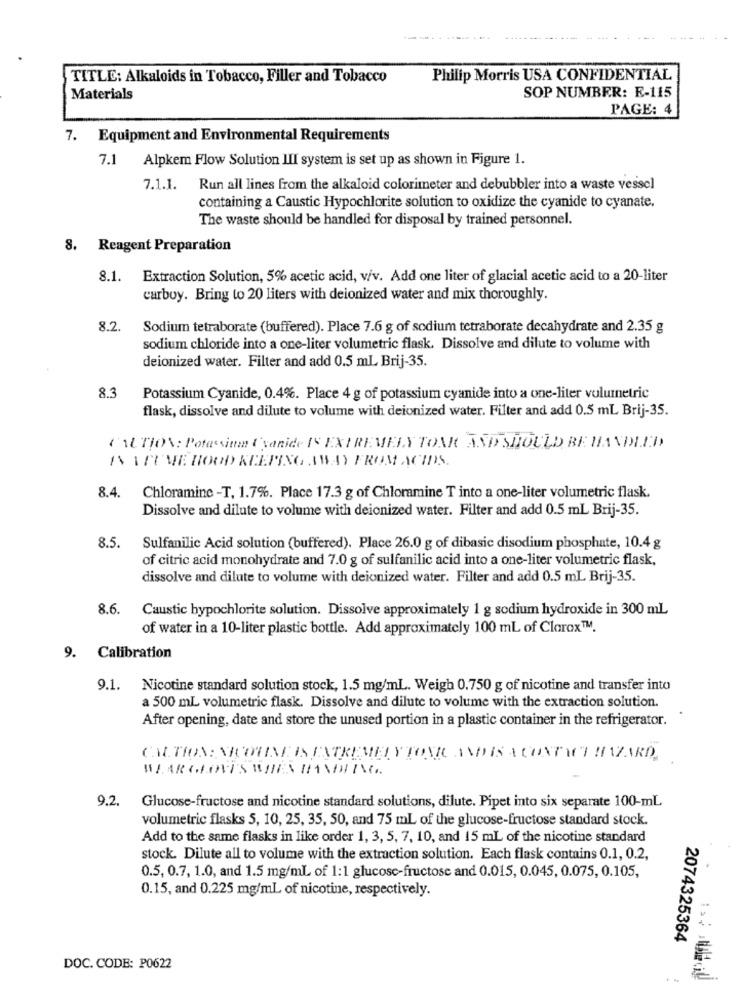
TITLE: Alkaloids in Tobacco, Filler and Tobacco
Philip Morris USA CONFIDENTIAL
SOP NUMBER: F-115
Materials
PAGE: 4
7. Equipment and Environmental Requirements
7.1 Alpkem Flow Solution III system is set up as shown in Figure 1.
7.1.1.
Run all lines from the alkaloid colorimeter and debubbler into a waste vessel
containing a Caustic Hypochlorite solution to oxidize the cyanide to cyanate.
The waste should be handled for disposal by trained personnel.
8. Reagent Preparation
8.1. Extraction Solution, 5% acetic acid, v/v. Add one liter of glacial acetic acid to a 20-liter
carboy. Bring to 20 liters with deionized water and mix thoroughly.
8.2.
Sodium tetraborate (buffered). Place 7.6 g of sodium tetraborate decahydrate and 2.35 g
sodium chloride into a one-liter volumetric flask. Dissolve and dilute to volume with
deionized water. Filter and add 0.5 mL Brij-35.
8.3
Potassium Cyanide, 0.4%. Place 4 g of potassium cyanide into a one-liter volumetric
flask, dissolve and dilute to volume with deionized water. Filter and add 0.5 mL Brij-35.
('AL TION: Potassima ( yanide IS EXTREMELY TONK AND SHOULD BE HANDLED
IN IFUME HOOD KEEPING AWAY FROM ACIDS.
8.4. Chloramine -T, 1.7%. Place 17.3 g of Chloramine T into a one-liter volumetric flask.
Dissolve and dilute to volume with deionized water. Filter and add 0.5 mL Brij-35.
8.5.
Sulfanilic Acid solution (buffered). Place 26.0 g of dibasic disodium phosphate, 10.4 g
of citric acid monohydrate and 7.0 g of sulfanilic acid into a one-liter volumetric flask,
dissolve and dilute to volume with deionized water. Filter and add 0.5 mL Brij-35.
8.6.
Caustic bypochlorite solution. Dissolve approximately 1 g sodium hydroxide in 300 mL
of water in a 10-liter plastic bottle. Add approximately 100 ml of Clorox™.
9. Calibration
9.1. Nicotine standard solution stock, 1.5 mg/ml. Weigh 0.750 g of nicotine and transfer into
a 500 mL volumetric flask. Dissolve and dilute to volume with the extraction solution.
After opening, date and store the unused portion in a plastic container in the refrigerator.
CAPTION: NICOTINE IS EXTREMELYTONIK ANDIS A CONTENT HAZARD.
9.2.
Glucose-fructose and nicotine standard solutions, dilute. Pipet into six separate 100-mL
volumetric flasks 5, 10, 25, 35, 50, and 75 mL of the glucose-fructose standard stock.
Add to the same flasks in like order 1, 3, 5, 7, 10, and 15 mL of the nicotine standard
stock. Dilute all to volume with the extraction solution. Each flask contains 0.1, 0.2,
0.5, 0.7, 1.0, and 1.5 mg/ml of 1:1 glucose-fructose and 0.015, 0.045, 0.075, 0.105,
0.15, and 0.225 mg/ml of nicotine, respectively.
2074325364
DOC. CODE: P0622